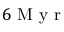
6 \mathrm { ~ M ~ y ~ r ~ }